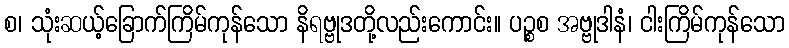
စ၊ သုံးဆယ့်ခြောက်ကြိမ်ကုန်သော နိရဗ္ဗုဒတို့လည်းကောင်း။ ပဉ္စစ အဗ္ဗုဒါနံ၊ ငါးကြိမ်ကုန်သော